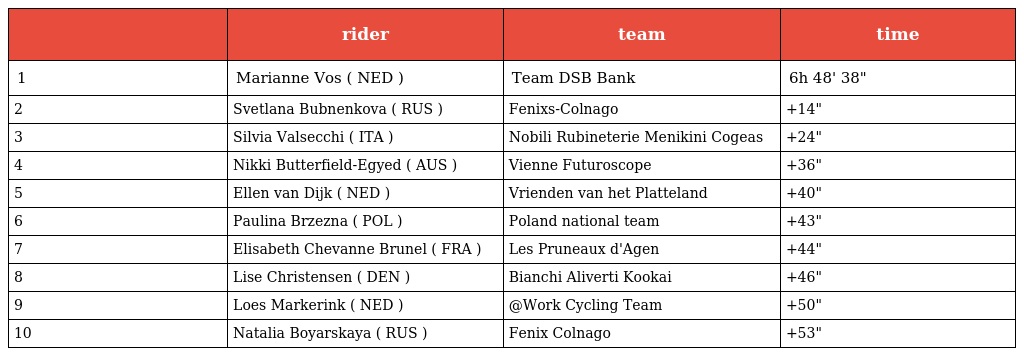
|  | rider | team | time |
 | --- | --- | --- | --- |
 | 1 | Marianne Vos ( NED ) | Team DSB Bank | 6h 48' 38" |
 | 2 | Svetlana Bubnenkova ( RUS ) | Fenixs-Colnago | +14" |
 | 3 | Silvia Valsecchi ( ITA ) | Nobili Rubineterie Menikini Cogeas | +24" |
 | 4 | Nikki Butterfield-Egyed ( AUS ) | Vienne Futuroscope | +36" |
 | 5 | Ellen van Dijk ( NED ) | Vrienden van het Platteland | +40" |
 | 6 | Paulina Brzezna ( POL ) | Poland national team | +43" |
 | 7 | Elisabeth Chevanne Brunel ( FRA ) | Les Pruneaux d'Agen | +44" |
 | 8 | Lise Christensen ( DEN ) | Bianchi Aliverti Kookai | +46" |
 | 9 | Loes Markerink ( NED ) | @Work Cycling Team | +50" |
 | 10 | Natalia Boyarskaya ( RUS ) | Fenix Colnago | +53" |